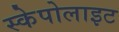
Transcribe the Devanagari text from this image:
स्केपोलाइट